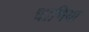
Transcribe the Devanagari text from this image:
चाभियां